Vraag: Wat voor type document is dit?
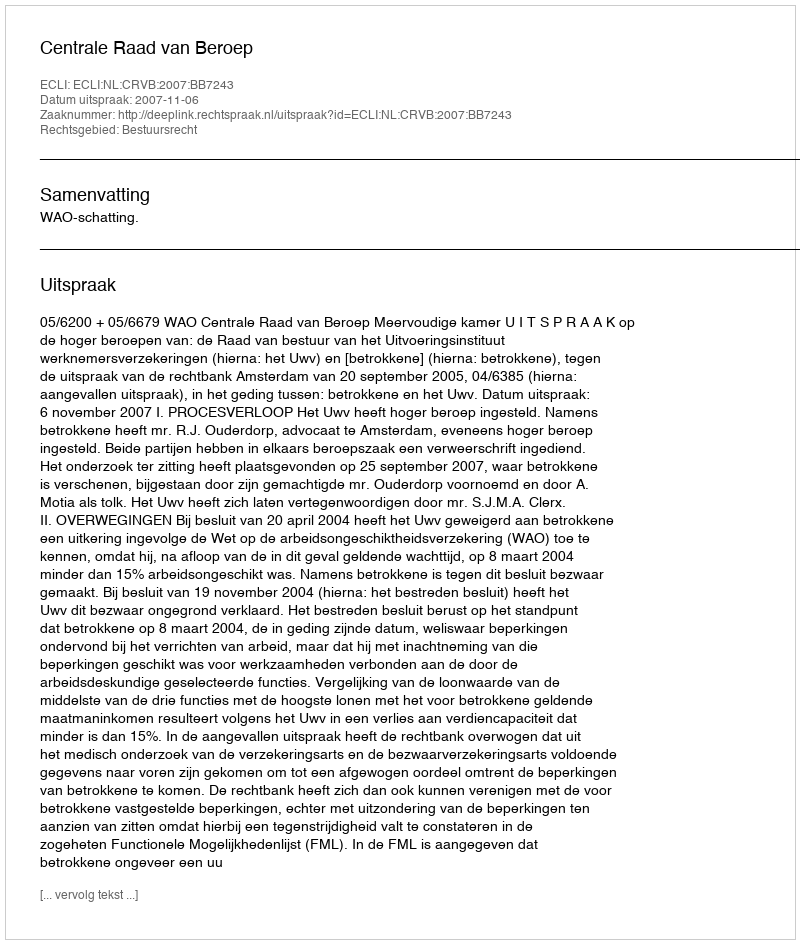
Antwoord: Uitspraak